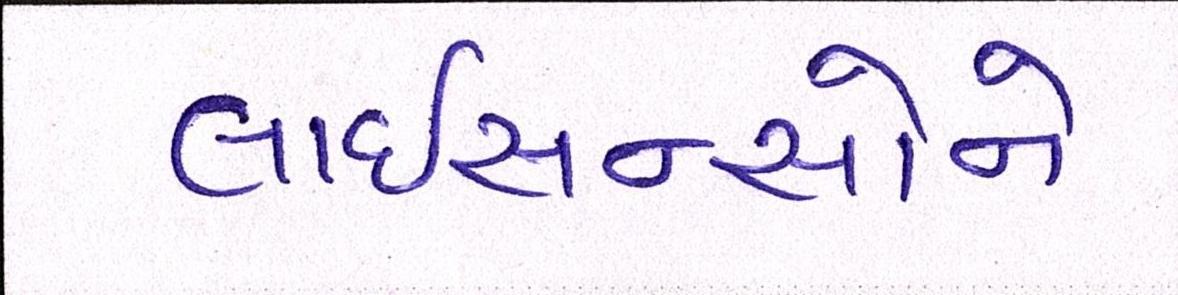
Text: લાઇસન્સોને